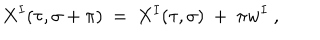
X ^ { I } ( \tau , \sigma + \pi ) \ = \ X ^ { I } ( \tau , \sigma ) \ + \ \pi w ^ { I } \ ,